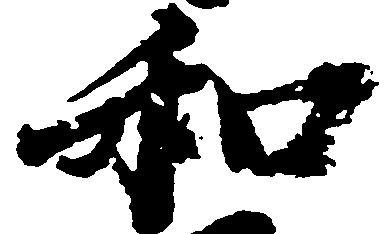
和